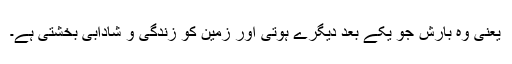
یعنی وہ بارش جو یکے بعد دیگرے ہوتی اور زمین کو زندگی و شادابی بخشتی ہے۔